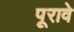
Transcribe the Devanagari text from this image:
पूरावे